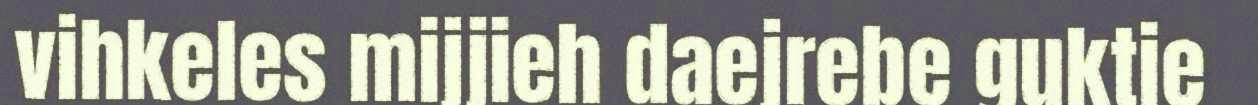
vihkeles mijjieh daejrebe guktie